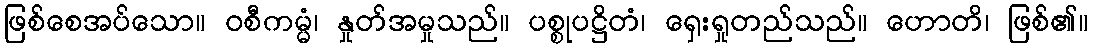
ဖြစ်စေအပ်သော။ ဝစီကမ္မံ၊ နှုတ်အမှုသည်။ ပစ္စုပဋ္ဌိတံ၊ ရှေးရှုတည်သည်။ ဟောတိ၊ ဖြစ်၏။